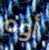
أوه